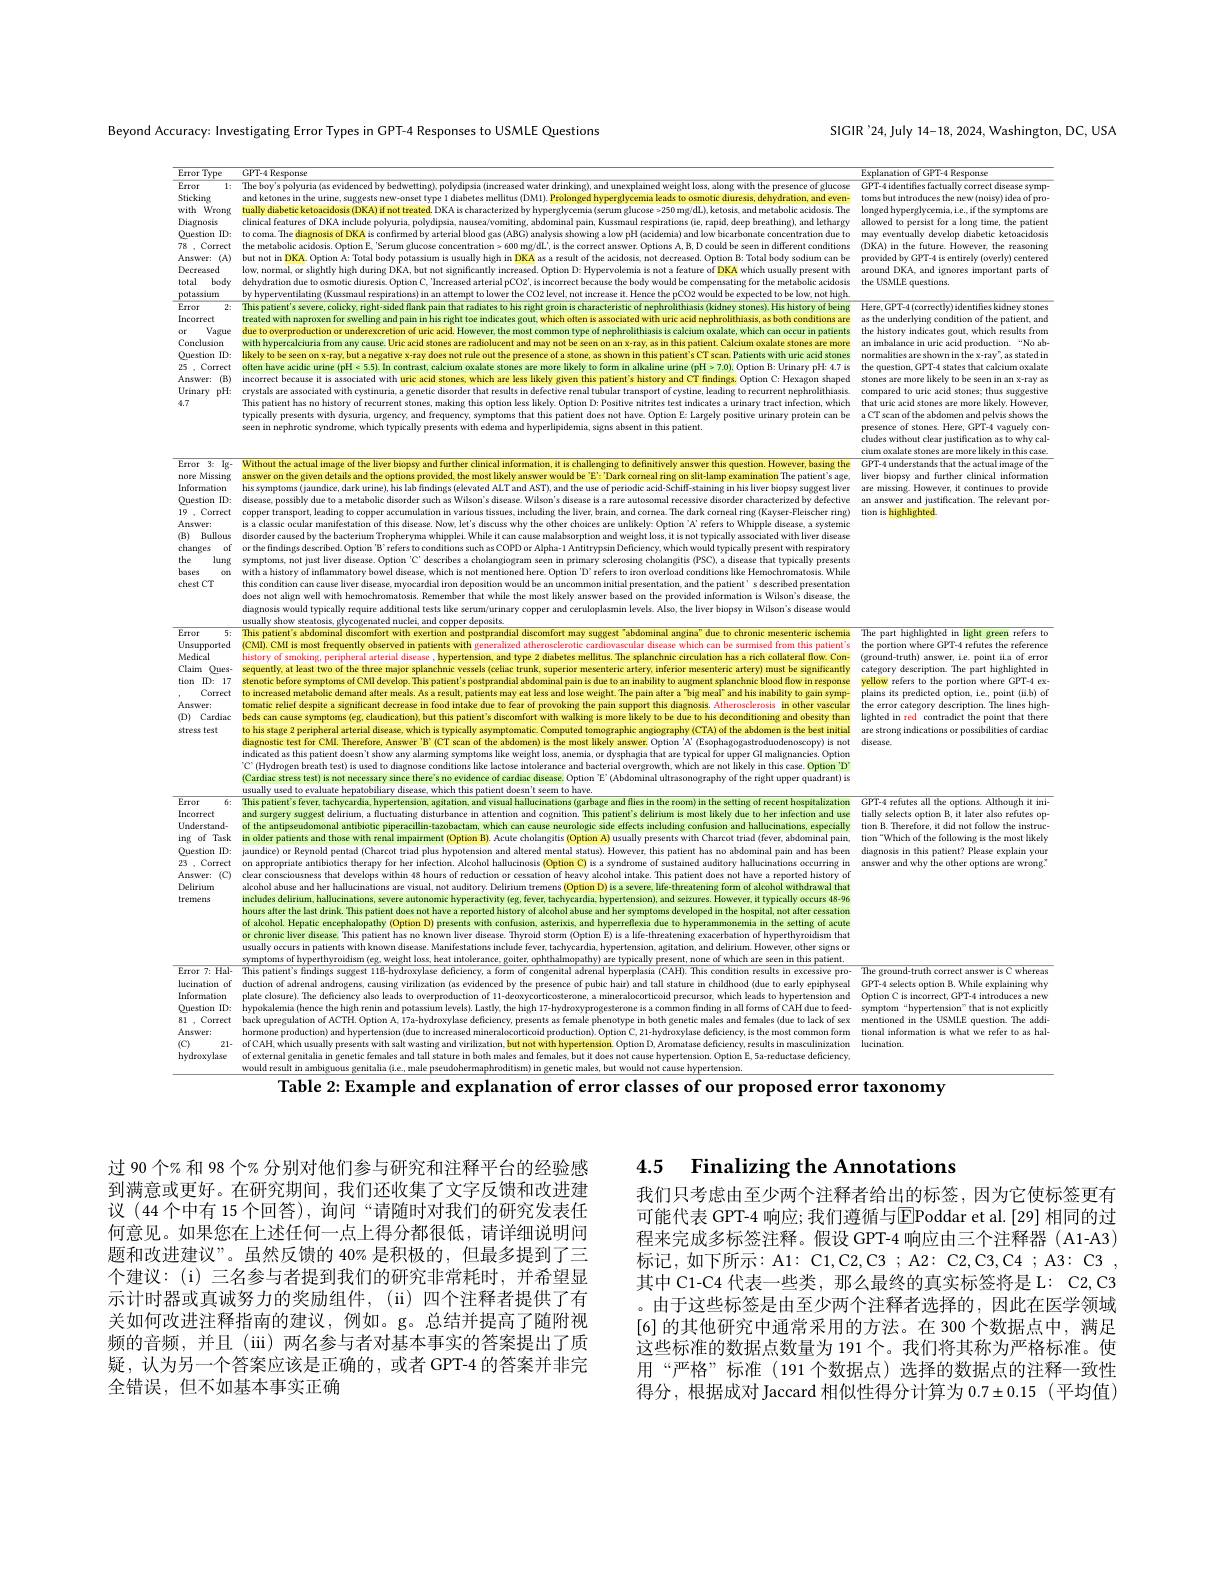
SIGIR'24,July 14-18, 2024, W

Beyond Accuracy: Investigating Error Types in GPT-4 Responses to USMLE Questions

GTAepmesense GPrkepenses Epustantioy bedvetrasd wedrathios. andurewathi hes, preceneco falucose GTA-Reponencas vrprpprpi Ereror : Inhevyvivyuviuia(ssverded)vy bedverturasd wavedras. ankthit bes. alurestarwih thes. preeence of ducose GT GT ditantintie for
Arawer:(A) but noti nBKA Opt

Incorrect
treated with naproxen for sw
as the underlying condition of the patient, and
most common type of nephroli
occur in patients the history indicates gout, which results from
$\begin{array}{lll}\mathrm{or}&\text{Vague}&\text{due to }\end{array}$
$\begin{aligned}\text{tand may nol be seen on x-ray, as in this patient. Calcium oxalate stones are more an imbalance in urrcicid production.“No ab: abesence ofas as are an in mbalance acid production. "No abe aresence ofane, ass as an pres an inbalance as are astid produc}\end{aligned}$
Question ID: likely to be s
Correct often have acidic urine (pH<5.5). In contrast, calcium oxalate stones
Answer:(B) mecrerec! becane tis sascialed whu Hrecad stones whcha rekes kikely peven kas kikely peven katis kateneris mikared $\vec{\text{Tflandinga}}$ Ci Heasgio stare mere kkely bob esecen than xeryas Uranary pH: creystalas are sacscialed with cystinutaz. gere
presence or stones. nere, Gr1-4 vagueiy concludes without clear justification as to why cal-

cium oxalate stones are more likely in this case.
Error 3. Ig- Without the actual image of the lver boppsy and furher clincal information, is challenging to definitively answer this question. However, basing thee GPT-4 understands tharbe ofinderes thalleres thalimge ofthe nore Misking answer on hegiven
missing. However, it continues to provide answer and justification. The relevant por-

Information
symptoms (jaundice, dark urine), his lab findings (elevated ALT and AST), and the use of periodic acid-Schiff-staining
liver biopsy suggest liver
Question ID: disease, possibly due to a metabolic disorder such as Wilson's disease Wilson's disease is a rare autosomal recessive disorder characterized by defective
Question D: disease posashy due to a metablolc davorder such swVlison' s s disteasce. Wilson' s s ditesase. Wilson' s s ditesase. Wilson' s s ditesasive. disorder cecssive disordere character an answerer andju19, Correct coppert transpor, tedingt, to t
$\begin{array}{ccc}\mathrm{(n)}&\text{puntous}&\text{ussouer talsen by ule pactenun iopherymen. winent candanson puran wegnt oss, tas mot vpucanty assotalew inte ussorato ssentheras tas tardicas tares tares tares tares tares tares tares tares tares tares tares tares tares tares tare}\end{array}$ he lung symptoms, nol just lver diease. Optlon C' describes a cholangiogram seen in primary sclerosing cholangits (PSC), a diseas that typically presents bases on witha history of inflammatory bowel disease, whlch is snot mentioned here. Option D' refers
this condition can cause liver disease, myccardial iron deposition would be an uncommon initial presentation, and the patient is described preseration thention. s described presention thention does not align well with hemochromatosis. Remember that whle diagnosis would typically require additional tests like serumíurinary copper and ceruloplasmin levels. Also, the liver biopsy in Wilson's disease would usually show steatosis, glycogenated nuclei, and copper deposits
This patient's abdominal ducomfort with exertion and postprandial discomfort may sugøest°abdominal angina" due to chronic mesenteric ischemia The part highlighted in light green refers

$\overline{\text{Error}}$

reference
Unsupported $\frac{(\text{CMID.CMI.is most frequenly oberrved in palients with generalized atherocleroticed atherocleroticear which can be surmised from this paltent's the portion where GPT-4 refuteare Medecal history of smoking, preripheral arterial disease, hyp$
point iLa of erron
Chaim Ques- sequently, at least two of the three major splanchnic vessels (ecliac trunk, superior mesenteric artery, inferior mesenteric artery) must be signilicantly category deescription. The part highlghted
yellow refers to the portion where GPT-4 plains its predicted option, i.e, point (ii.b) the error category description. The lines high-
his deconditioning and obesi
strong indications or possibilities of cardiac

tion ID: 17 stenotic before symploms of CMI develop. This patient's postprandial abdomiral pain is due to an inability to augment splanchnic blood flow in response
Correct to increased metabol
$Answer:$
tomatic relief despite a sig
(D) Cardiac beds can cause symptoms (eg, claudication), but this patient's discomfort with walking is more likely to be
to his stage 2 peripheral ar
stress test
diagnostic test for CMI. The
indicated as this patient doesn' t show any alarming symptoms like weight loss, anernia, or dysphagia that are typical for upper GI malignancies. Option C' ( Hydrogen breath test) is used to diagnose conditions like Lactose intolerance and bacterial ove (Cardiac stress test) is not usually used to evaluate hepatobiliary disease, which this patient doesn't seem to have.
This patient s fever, tachyc
Incorrect
and surgery suggest delirium, a flucetuating disturbance in attention and cognition. This patient' s delirium is most likely due to her infection and use tially selects option
Understand- of the antipeudomonal anthbiotic piperacillim-tazobactam, which can cause neurologic side effects including confusion and hallucinations, especially tion R. Theerefore, it did not follow
ing of Task in older patients and those with renal impairment (Oplon B) Acute cholangitis (Option A) usully presents with Charcot triad (fever, abdomiral pain, tion"Which of the folloving is the most likely
Question II
jaundice) or Reynold pentad (Charcot triad plus hypotension and altered mental status). However, his patient has no abdominal pain and has been diagnosis
Question! D: gunddre) or Reynold petand Charco triad pus sypotension and dlered mantal status). Howevere, this spotental has ano abodomiral pathas heen ddagrosis thins thas thas thins23, Correct on appropriate antibotics therapy for ber her infection. A
Deliriurn
alcohol abuse and her hallucinations are visual, not auditory. Delirium tremens (Option D) is a severe, life-threatening form of alcohol withdrawal that inchudes delirium, hallucinations, severe autonomic hyperactivity (eg, feveer, tachycardia, hypertension), and seizures. However, it typically occurs 68-96
tremens
hours after
drink. This patient does not have a reported history of alcohol abuse and her symptoms developed in the hospital, not alter cessation
of alcohol. Hepatic encephalopathy (Option D) presents with confusion, asterixis, and hyperreflexia due to hyperammonemia
setting of acute
or chronic liver disease. This patient has no known liver disease. Thyroid storm (Option E) is a life-threatening exacerbation of hyperthyroidism that usually occurs in patients with known disease. Manifestations include fever, tachycardia, hypertension, agitation, and delirium. However, other signs or
ground-truth correct answer
lucinatiorn
duction of adrenal androgens, causing virlization (as evidenced by the precence of pubic hatir) anadl stature in childhood (due to erly epiphyecal GT-4 selects opiton B. While explaining why plate closure). The deficieney also leads to overpoduedion of 1
Information plate closure)
plate closure). The deficiency also leads to overproduction of 11-deoxycorticosterone, a mineralocorticoid precursor, which leads to hyprertension and Option hypokalemia (herce the high renin and potassium levels), Lastly, hhe high 17-hydroxyprogesterone
Question ID: bypokalamantanere theligh rectna and potasatim rekel, helat, hel.7-17-7heveyprogetencets as cormmon falung al GA Halet berede- sympoten $^{-\mathrm{b}}$bypetentansio° Thanot tano expletility81, Crerere. beck keusperalatando GACT HOphal 3.7-19phaty
would result in ambiguous genitalia (i.e., male pseudohermaphroditism) in genetic males, but would not cause hypertension
Table 2: Example and explanation of error classes of our proposed error taxonomy

Error

: options. Although it ini-
later also refutes opnot follow the instrucpatient? Please explain your
other options are wrong?

过 90 个% 和 98 个% 分别对他们参与研究和注释平台的经验感到满意或更好。在研究期间，我们还收集了文字反馈和改进建议 (44 个中有 15 个回答), 询问“请随时对我们的研究发表任何意见。如果您在上述任何一点上得分都很低，请详细说明问题和改进建议”。虽然反馈的 40% 是积极的，但最多提到了三个建议：(i) 三名参与者提到我们的研究非常耗时，并希望显示计时器或真诚努力的奖励组件，(ii)四个注释者提供了有关如何改进注释指南的建议，例如。g。总结并提高了随附视频的音频，并且(iii)两名参与者对基本事实的答案提出了质疑，认为另一个答案应该是正确的，或者 GPT-4 的答案并非完全错误，但不如基本事实正确

4.5 Finalizing the Annotations

我们只考虑由至少两个注释者给出的标签，因为它使标签更有可能代表 GPT-4 响应；我们遵循与$\overline{\mathrm{E}}$Poddar et al.[29] 相同的过程来完成多标签注释。假设 GPT-4 响应由三个注释器 (A1-A3) 标记，如下所示：A1:C1,C2,C3;A2:C2,C3,C4;A3:C3, 其中 C1-C4 代表一些类，那么最终的真实标签将是 L: C2,C3 。由于这些标签是由至少两个注释者选择的，因此在医学领域[6]的其他研究中通常采用的方法。在 300 个数据点中，满足这些标准的数据点数量为 191 个。我们将其称为严格标准。使用“严格”标准(191 个数据点)选择的数据点的注释一致性得分，根据成对 Jaccard 相似性得分计算为$0.7\pm0.15$ (平均值)